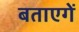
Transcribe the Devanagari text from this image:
बताएगें